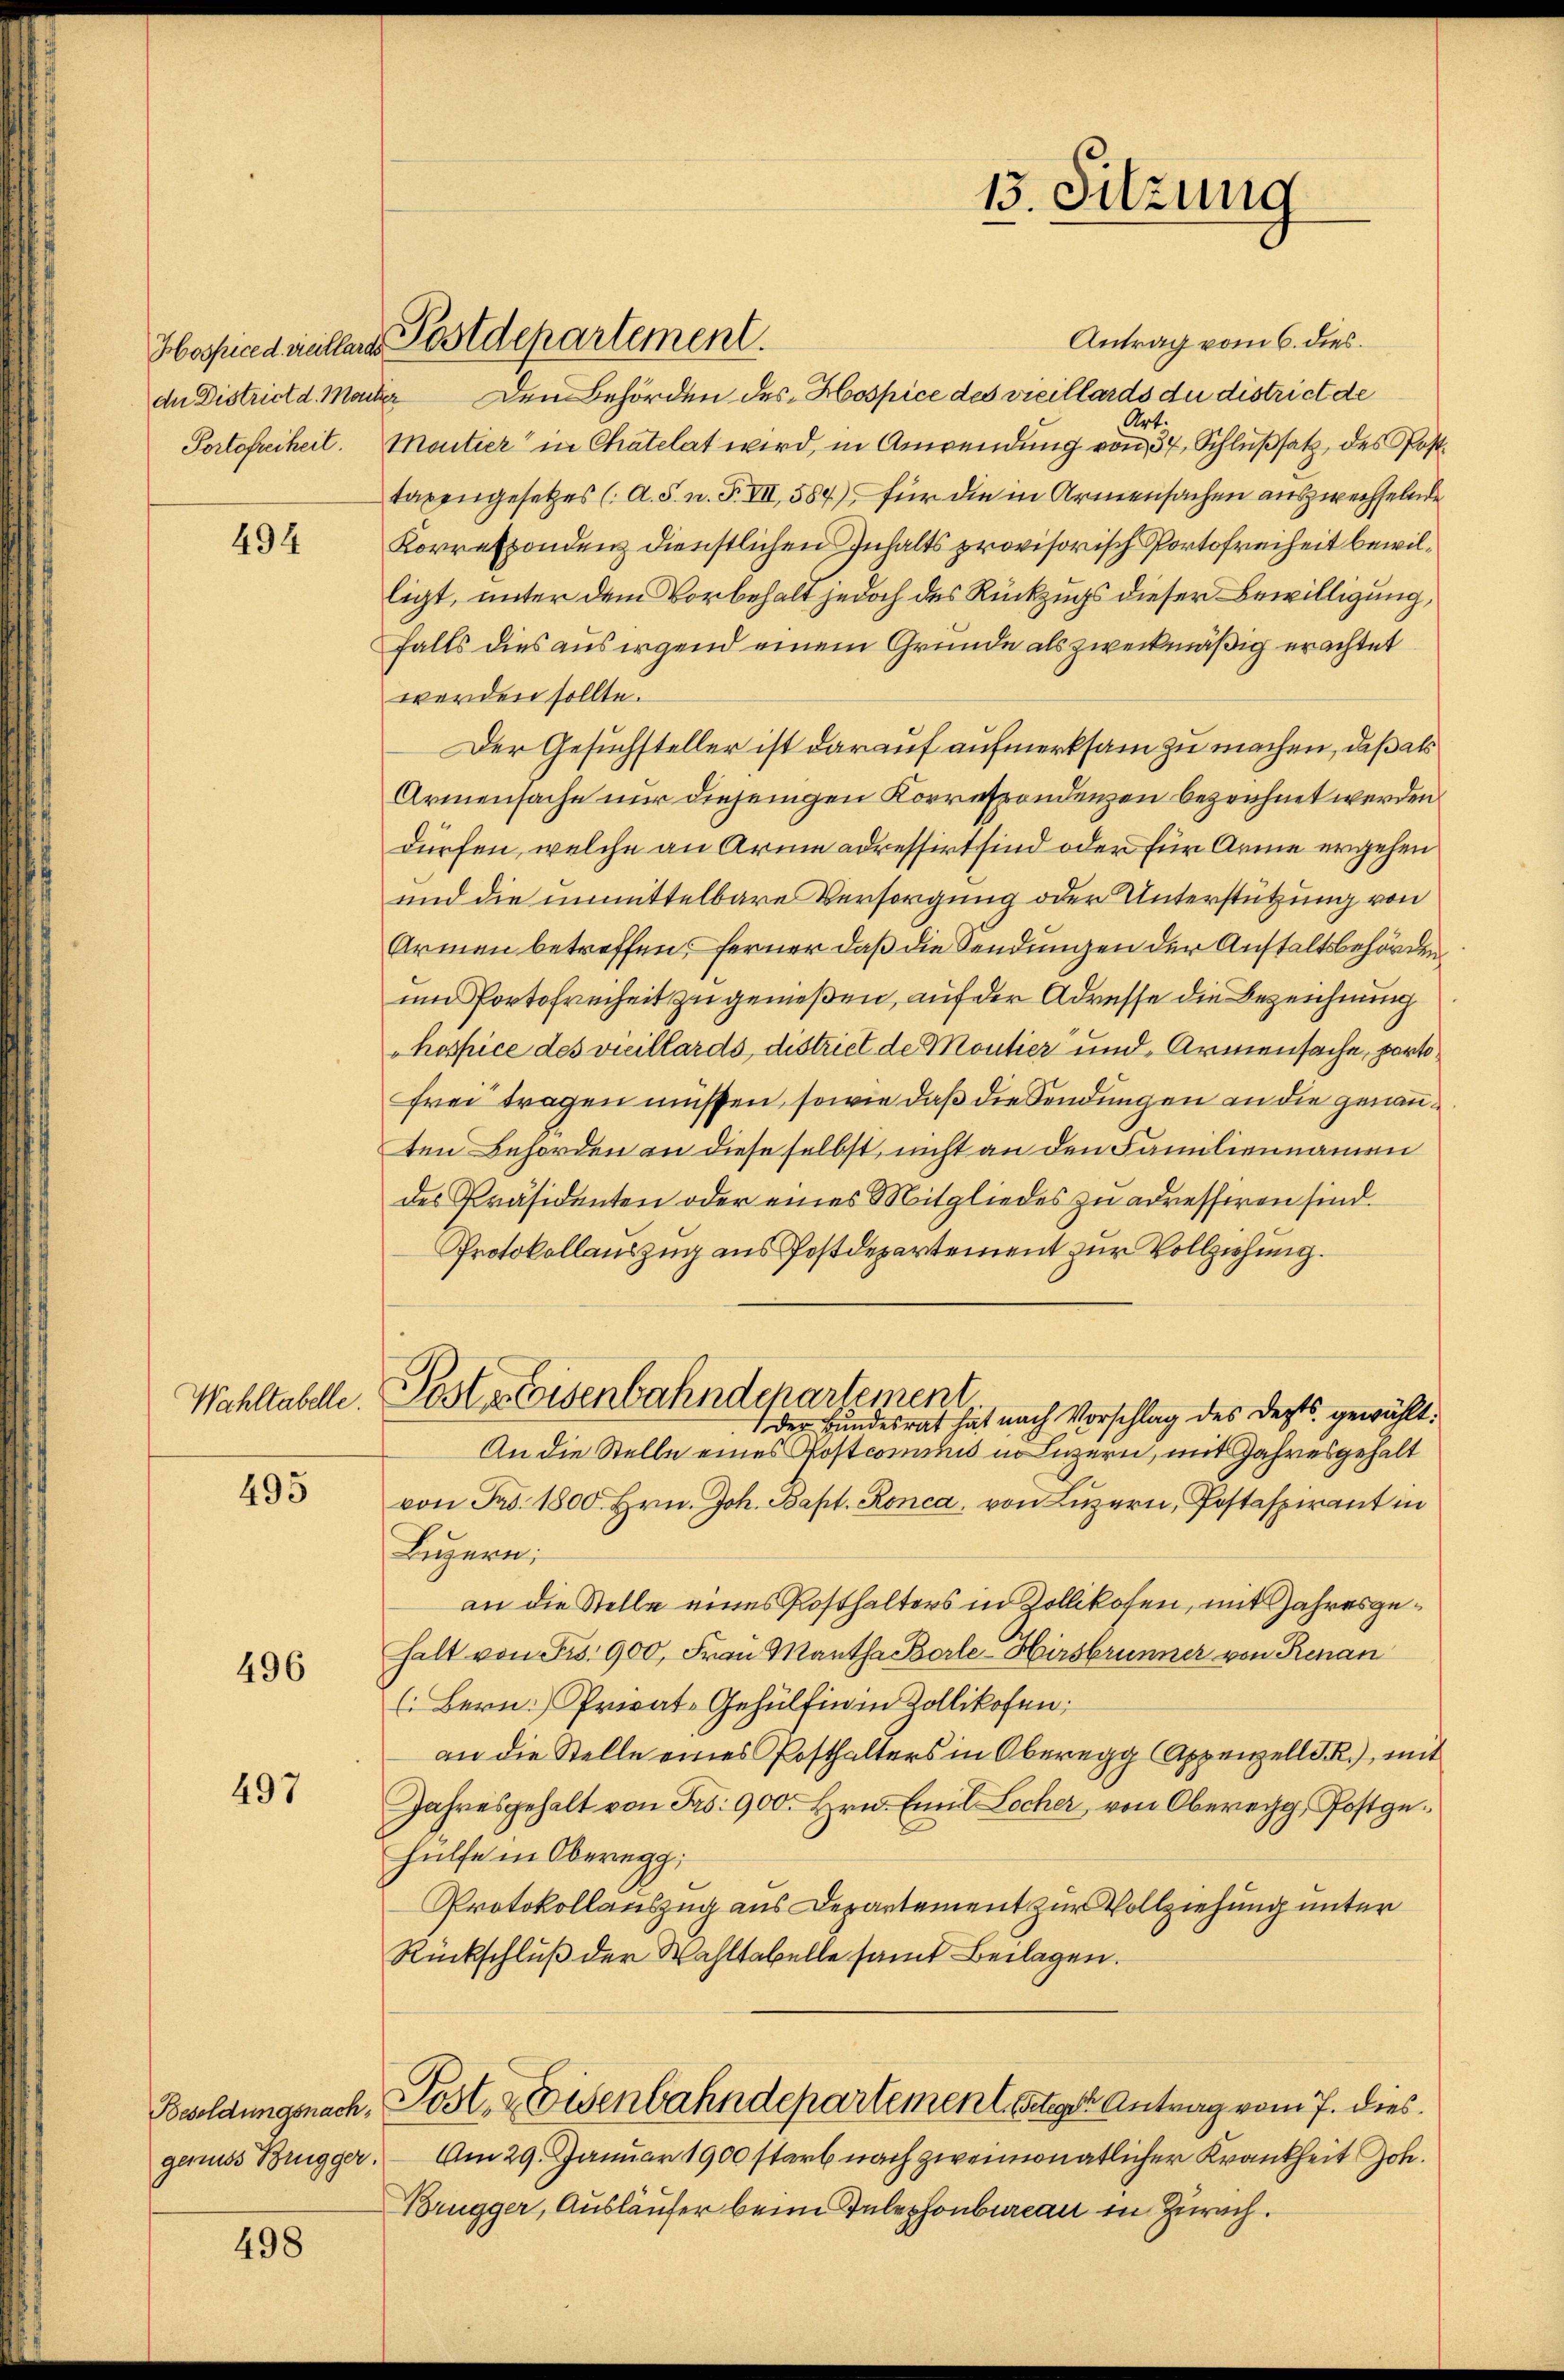
494

Wahltabelle.

495

496

497

Besoldungsnachgenuss Brugger.

498

Hospiced villende Postdepartement.

Antrag vom 6. dies
der District d. Maiter Den Behörden des Hospice des vicillards du district de
Art.
Portofreiheit. Moutier in Chatelat wird, in Anwendung von 37, Schlußsatz, des Post
taxengesetzes (A. S. n. F. VII, 584) für die in Armensachen auszwechselnd.
Korrespondenz dienstlichen Inhalts provisorisch Portofreiheit bewilligt, unter dem Vorbehalt jedoch des Rückzugs dieser Bewilligung,
falls dies aus irgend einem Grunde als zweckmäßig erachtet
werden sollte.
Der Gesuchsteller ist darauf aufmerksam zu machen, daß als
Armensache nur diejenigen Korrespondenzen bezeichnet werden
dürfen, welche an Arme adressirt sind oder für Arme ergehen
und die unmittelbare Versorgung oder Unterstützung von
Armen betreffen, ferner daß die Sendungen der Anstaltsbehörden
um Portofreiheit zu genießen, auf der Adresse die Bezeichnung
hospice des vicillards, distriet de Moutier und Armensache, partofrei tragen müssen, sowie daß die Sendungen an die genannten Behörden an diese selbst, nicht an den Familiennamen
des Präsidenten oder eines Mitgliedes zu adressiren sind.
Protokollauszug aus Postdepartement zur Vollziehung.
Postpreisenbahndepartement
der Bundesrat hat nach Vorschlag des Depts gewählt:
An die Stelle eines Postcommis in Luzern, mit Jahresgehalt
von Pro. 1800. Hrn. Joh. Bapt. Ronca, von Luzern, Postaspirant in
Luzern;
an die Stelle eines Posthalters in Zollikofen, mit Jahresgehalt von Fr. 900, Frau Martha Borle-Hirsbrunner von Renan
(Bern. Privat-Gehülfen in Zollikofen,
an die Stelle eines Posthalters in Oberegg Appenzell d. R.), mit
Jahresgehalt von Frs. 900. Hrn. Emil Locher, von Oberegg, Postge¬
Hülfe in Oberegg,
Protokollauszug aus Departement zur Vollziehung unter
Rückschluß der Wahltabelle samt Beilagen.
Post. Keisenbahndepartement ten Antrag vom 7. dies
Am 29. Januar 1900 starb nach zweimonatlicher Krankheit Joh.
Brügger, Ausläufer beim Telephonbureau in Zürich.

13. Sitzung